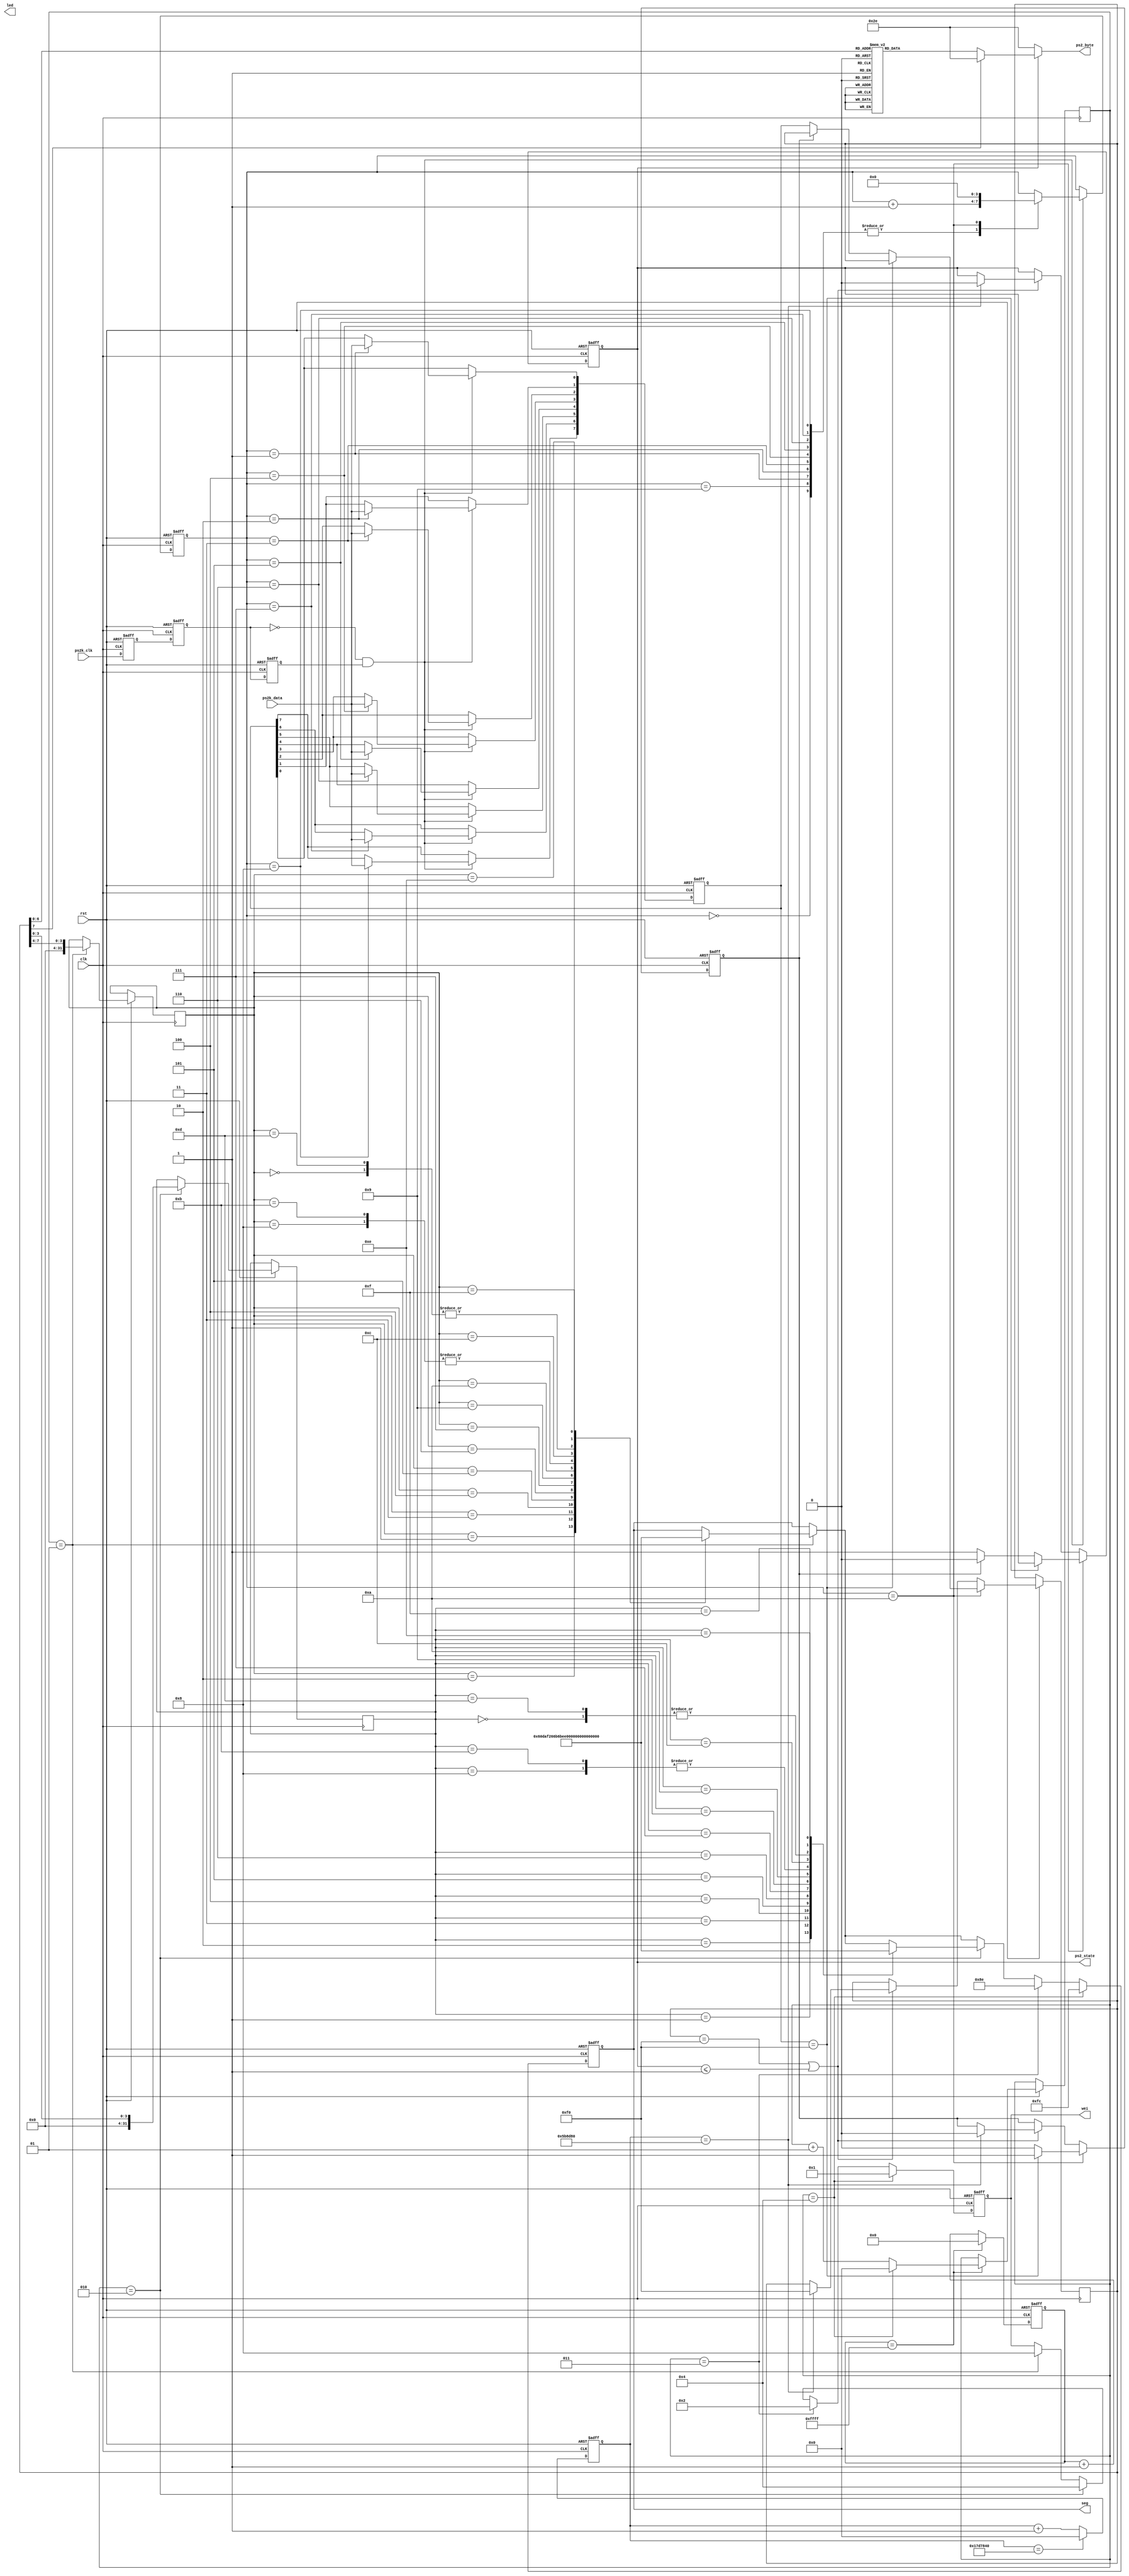
//==================================================================

module ps2_top(clk,rst,ps2k_clk,ps2k_data,ps2_byte,ps2_state,led,wei,seg);

 input clk;
 input rst;
 input ps2k_clk;
 input ps2k_data;
 output [3:0] wei;
 output [7:0] seg;
 output led;
 output [7:0] ps2_byte;//ps2
 output ps2_state;//1
 reg led;
 reg [3:0] wei;
 reg [7:0] seg;
 reg [15:0] count;
 integer num1,a,b;
 
 
 
 reg [31:0] clk_cnt;
 
 
 always @(posedge clk or negedge rst) begin
	if(!rst)
	clk_cnt <=32'b0;
	else begin
		if(clk_cnt == 32'd25_000_000)  clk_cnt <= 32'd0;
		else begin
			clk_cnt <= clk_cnt + 32'd1;
		end
	end
 end
 
 initial begin
  num1 = 0;
  a = 0;
  b = 0;
 end
 
 always @(posedge clk or negedge rst)
  if(!rst)
   count <= 16'b0;
  else begin
   count <= count+1'b1;
   if(count == 16'hffff)
    begin
     count <= 16'b0;
     num1 <= num1+1;
     if(num1 == 4)
      num1 <= 0;
    end
  end

 
 reg ps2k_clk_r0,ps2k_clk_r1,ps2k_clk_r2;//ps2k_clk
 wire neg_ps2k_clk;//ps2k_clk
 
 always @(posedge clk or negedge rst) begin
  if(!rst) begin
   ps2k_clk_r0 <= 1'b0;
   ps2k_clk_r1 <= 1'b0;
   ps2k_clk_r2 <= 1'b0;
  end
  else begin
   ps2k_clk_r0 <= ps2k_clk;//,
   ps2k_clk_r1 <= ps2k_clk_r0;
   ps2k_clk_r2 <= ps2k_clk_r1;
  end
 end
 
 assign neg_ps2k_clk = ~ps2k_clk_r1 & ps2k_clk_r2;
 reg [7:0] ps2_byte_r;//PCps2
 reg [7:0] temp_data;//
 reg [3:0] num;//
 
 always @(posedge clk or negedge rst) begin
  if(!rst) begin
   num <= 4'd0;
   temp_data <= 8'd0;
  end
  else if(neg_ps2k_clk) begin
   case(num)
    4'd0: num <= num+1'b1;
    4'd1: begin
       num <= num+1'b1;
       temp_data[0] <= ps2k_data;
      end
    4'd2: begin
       num <= num+1'b1;
       temp_data[1] <= ps2k_data;
      end
    4'd3: begin
       num <= num+1'b1;
       temp_data[2] <= ps2k_data;
      end
    4'd4: begin
       num <= num+1'b1;
       temp_data[3] <= ps2k_data;
      end
    4'd5: begin
       num <= num+1'b1;
       temp_data[4] <= ps2k_data;
      end
    4'd6: begin
       num <= num+1'b1;
       temp_data[5] <= ps2k_data;
      end
    4'd7: begin
       num <= num+1'b1;
       temp_data[6] <= ps2k_data;
      end
    4'd8: begin
       num <= num+1'b1;
       temp_data[7] <= ps2k_data;
      end
    4'd9: begin
       num <= num+1'b1;
      end
    4'd10: begin
       num <= 4'd0;
      end
    default: ;
    endcase
  end 
 end
 
 reg key_f0;//18f0;
 reg ps2_state_r;//1
 
 always @(posedge clk or negedge rst)begin
 
			if(!rst) begin
			key_f0<=1'b0;
			ps2_state_r<=1'b0;
			end
			else if(num==4'd10) begin  //         
				if(temp_data==8'hf0) 
				key_f0<=1'b1;
				else begin 
					if(!key_f0)begin		//
						ps2_state_r<=1'b1;	
						ps2_byte_r<=temp_data;//
						end
					else begin         //
						ps2_state_r<=1'b0;
						key_f0<=1'b0;
						end
				end	
			end
			else begin
				if(ps2_byte_r == 8'hf0||ps2_state_r<=1'b1)begin	
							//
						if(clk_cnt == 32'd6_000_000) begin
						ps2_state_r<=1'b0;	
						ps2_byte_r<=8'hf0;//
						key_f0<=1'b0;
						end
			//	else begin         //
				//	ps2_state_r<=1'b1;
					//end
				end
			end
		/*
	  if(!rst) begin
	   key_f0 <= 1'b0;
	   ps2_state_r <= 1'b0;
	   ps2_byte_r <= 8'd0;
	  end
	  else if(num==4'd10)//
		   begin
				if(temp_data == 8'hf0) begin
					 key_f0 <= 1'b1;
					 led <= 0;
					 ps2_state_r <= 1'b0;
					 ps2_byte_r <= 8'd0;
					   //ps2_byte_r <= temp_data;
				 end
				else begin
					 if(!key_f0) begin//key_fo not = 1
				
						  ps2_state_r <= 1'b1;
						  led <= 1;
						  ps2_byte_r <= temp_data;
						  end
					 end
					 else begin
						  ps2_state_r <= 1'b0;
						  key_f0 <= 1'b0;
						  ps2_byte_r <= 8'd0;
						  // ps2_byte_r <= temp_data;
					 end
				end
			end 	
		else if(key_f0==1) begin
			ps2_state_r <= 1'b0;
			   key_f0 <= 1'b0;
			   ps2_byte_r <= 8'd0;
		 end
		 */
 end
 
 reg [7:0] ps2_asci;
 always @(ps2_byte_r or ps2_state_r) begin
	if(ps2_state_r ==0)
		ps2_asci <= ".";
	else begin
		  case(ps2_byte_r)
			8'h16   : ps2_asci <= 8'h01;
			8'h1E   : ps2_asci <= 8'h02;
			8'h26   : ps2_asci <= 8'h03;
			8'h25   : ps2_asci <= 8'h04;
			8'h2E   : ps2_asci <= 8'h05;
			8'h36   : ps2_asci <= 8'h06;
			8'h3D   : ps2_asci <= 8'h07;
			8'h3E   : ps2_asci <= 8'h08;
			8'h46   : ps2_asci <= 8'h09;
			8'h45   : ps2_asci <= 8'h00;
			
		   8'h15: ps2_asci <= 8'h51;//Q
		   8'h1d: ps2_asci <= 8'h57;//W
		   8'h24: ps2_asci <= 8'h45;//E
		   8'h2d: ps2_asci <= 8'h52;//R
		   8'h2c: ps2_asci <= 8'h54;//T
		   8'h35: ps2_asci <= 8'h59;//Y
		   8'h3c: ps2_asci <= 8'h55;//U
		   8'h43: ps2_asci <= 8'h49;//I
		   8'h44: ps2_asci <= 8'h4f;//O
		   8'h4d: ps2_asci <= 8'h50;//P
		   8'h1c: ps2_asci <= 8'h41;//A
		   8'h1b: ps2_asci <= 8'h53;//S
		   8'h23: ps2_asci <= 8'h44;//D
		   8'h2b: ps2_asci <= 8'h46;//F
		   8'h34: ps2_asci <= 8'h47;//G
		   8'h33: ps2_asci <= 8'h48;//H
		   8'h3b: ps2_asci <= 8'h4a;//J
		   8'h42: ps2_asci <= 8'h4b;//K
		   8'h4b: ps2_asci <= 8'h4c;//L
		   8'h1a: ps2_asci <= 8'h5a;//Z
		   8'h22: ps2_asci <= 8'h58;//X
		   8'h21: ps2_asci <= 8'h43;//C
		   8'h2a: ps2_asci <= 8'h56;//V
		   8'h32: ps2_asci <= 8'h42;//B
		   8'h31: ps2_asci <= 8'h4e;//N
		   8'h3a: ps2_asci <= 8'h4d;//M
		   
		   
		  // 8'h0E   : ps2_asci <= "~";
			8'h4E   : ps2_asci <= "-";
			8'h55   : ps2_asci <= "=";
			//8'h5D   : ps2_asci <= "|";
			
			8'h70   : ps2_asci <= 8'h00;
			8'h71   : ps2_asci <= ".";//".".
			8'h69   : ps2_asci <= 8'h01;
			8'h72   : ps2_asci <= 8'h02;
			8'h7A   : ps2_asci <= 8'h03;
			8'h6B   : ps2_asci <= 8'h04;
			8'h73   : ps2_asci <= 8'h05;
			8'h74   : ps2_asci <= 8'h06;
			8'h6C   : ps2_asci <= 8'h07;
			8'h75   : ps2_asci <= 8'h08;
			8'h7D   : ps2_asci <= 8'h09;
			8'h7C   : ps2_asci <= "*";
			8'h7B   : ps2_asci <= "-";
			8'h79   : ps2_asci <= "+";
			8'h4a   : ps2_asci <= "/";
		   // default : ps2_asci <= " ";
		   default:ps2_asci <= ".";
		   endcase
	end
 end
 always @(posedge clk or negedge rst) begin
  if(!rst) begin
   wei <= 4'b1111;
   seg <= 8'h02;
  end
  else begin
   if(num1==1) begin
    wei <= 4'b1000;
    a <= ps2_byte_r[7:4];
    case(a) 
     0: seg <= 8'hfc;
     1: seg <= 8'h60;
     2: seg <= 8'hda;
     3: seg <= 8'hf2;
     4: seg <= 8'h66;
     5: seg <= 8'hb6;
     6: seg <= 8'hbe;
     7: seg <= 8'he0;
     8: seg <= 8'hfe;
     9: seg <= 8'hf6;
     10: seg <= 8'hee;
     11: seg <= 8'hfe;
     12: seg <= 8'h9c;
     13: seg <= 8'hfc;
     14: seg <= 8'h9e;
     15: seg <= 8'h8e;
     default:;
    endcase
   end 
   
   if(num1==2) begin
    wei <= 4'b0100;
    b <= ps2_byte_r[3:0];
    case(b) 
     0: seg <= 8'hfc;
     1: seg <= 8'h60;
     2: seg <= 8'hda;
     3: seg <= 8'hf2;
     4: seg <= 8'h66;
     5: seg <= 8'hb6;
     6: seg <= 8'hbe;
     7: seg <= 8'he0;
     8: seg <= 8'hfe;
     9: seg <= 8'hf6;
     10: seg <= 8'hee;
     11: seg <= 8'hfe;
     12: seg <= 8'h9c;
     13: seg <= 8'hfc;
     14: seg <= 8'h9e;
     15: seg <= 8'h8e;
     default:;
    endcase   
   end
   if(num1==3) begin
    wei <= 4'b0010;
    seg <= 8'h8e;
   end
   if(num1==4) begin
    wei <= 4'b0001;
    seg <= 8'hfc;
   end
  end
 end
 assign ps2_byte = ps2_asci;
 assign ps2_state = ps2_state_r;
 
 
endmodule